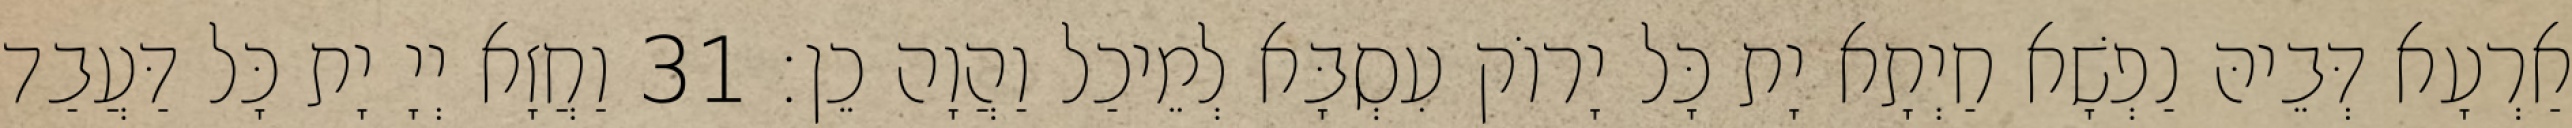
אַרְעָא דְּבֵיהּ נַפְשָׁא חַיְתָא יָת כָּל יָרוֹק עִסְבָּא לְמֵיכַל וַהֲוָה כֵן׃ 31 וַחֲזָא יְיָ יָת כָּל דַּעֲבַד